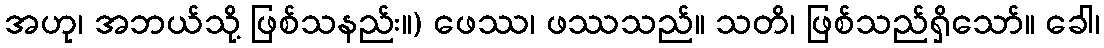
အဟု၊ အဘယ်သို့ ဖြစ်သနည်း။) ဖေဿ၊ ဖဿသည်။ သတိ၊ ဖြစ်သည်ရှိသော်။ ခေါ၊